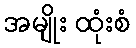
အမျိုး ထုံးစံ